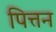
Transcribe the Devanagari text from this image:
पित्तन